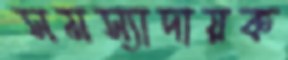
সমস্যাদায়ক